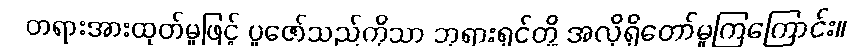
တရားအားထုတ်မှုဖြင့် ပူဇော်သည်ကိုသာ ဘုရားရှင်တို့ အလိုရှိတော်မူကြကြောင်း။